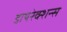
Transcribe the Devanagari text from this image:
डायरेक्शन्स